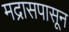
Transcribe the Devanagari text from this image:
मद्रासपासून